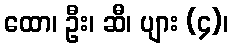
ထော၊ ဦး၊ ဆီ၊ ပျား (၄)၊